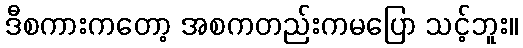
ဒီစကားကတော့ အစကတည်းကမပြော သင့်ဘူး။